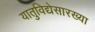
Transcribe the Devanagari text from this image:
यातुविद्येसारख्या